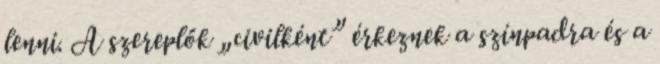
lenni. A szereplők „civilként” érkeznek a színpadra és a